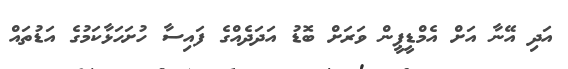
އަދި އޭނާ އަށް އެމްޑީޕީން ވަރަށް ބޮޑު އަދަދެއްގެ ފައިސާ ހުށަހަޅާކަމުގެ އަޑުތައް